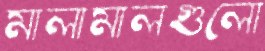
মালামালগুলো